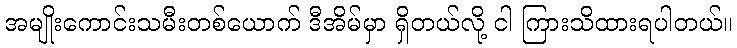
အမျိုးကောင်းသမီးတစ်ယောက် ဒီအိမ်မှာ ရှိတယ်လို့ ငါ ကြားသိထားရပါတယ်။